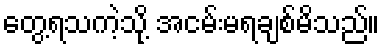
တွေ့ရသကဲ့သို့ အငမ်းမရချစ်မိသည်။